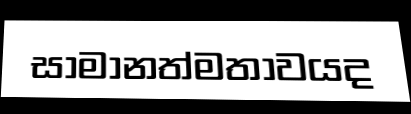
සාමානත්මතාවයද